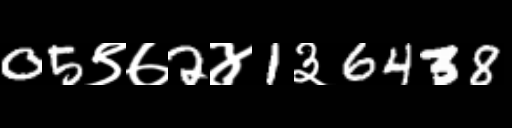
Text: 05९७2४1३6438